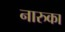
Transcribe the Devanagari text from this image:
नारुका